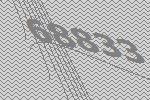
68833